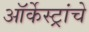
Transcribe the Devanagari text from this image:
ऑर्केस्ट्रांचे